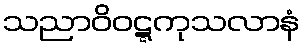
သညာဝိဝဋ္ဋကုသလာနံ